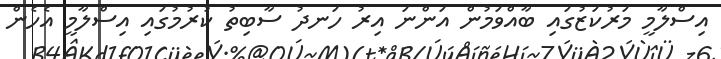
އިސްލާމީ މަރުކަޒުގައި ބާއްވަމުން އަންނަ އިރު ހަނދު ސާބިތު ކުރުމުގައި އިސްލާމީ އެހެން